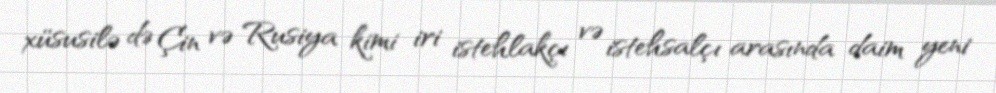
xüsusilə də Çin və Rusiya kimi iri istehlakçı və istehsalçı arasında daim yeni